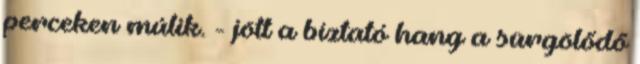
perceken múlik. - jött a bíztató hang a sürgölődő